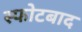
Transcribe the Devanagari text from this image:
स्फोटबाद